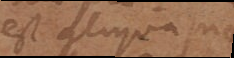
est aliqua